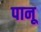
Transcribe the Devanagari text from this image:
पानू